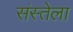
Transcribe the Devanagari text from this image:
संस्तेला